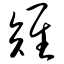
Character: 雉